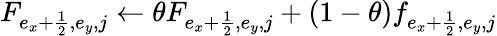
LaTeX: F_{e_{x}+\frac{1}{2},e_{y},j}\gets\theta F_{e_{x}+\frac{1}{2},e_{y},j}+(1-\theta)f_{e_{x}+\frac{1}{2},e_{y},j}